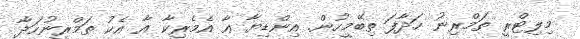
މިލިޓްރީ ތަމްރިނު ހަދާފަ ތިބޭމީހުން. އިންޑިޔާ އާ އެމެރިކާ އާ އެކު ތަމްރީނުހަދާ